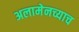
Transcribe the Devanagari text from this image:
अलामेनच्याच